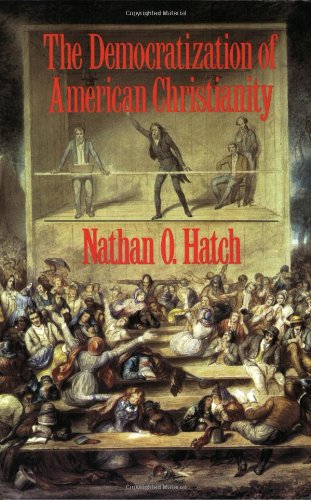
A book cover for The Democratization of American Christianity; Nathan O. Hatch; Religion & Spirituality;